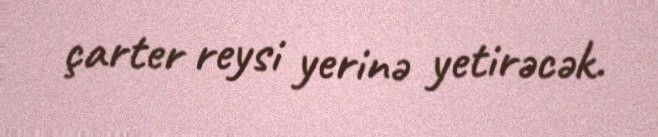
çarter reysi yerinə yetirəcək.